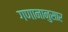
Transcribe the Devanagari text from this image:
गणानानुसार